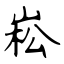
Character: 崧